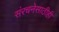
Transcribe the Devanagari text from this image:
संरचनेसाठीही